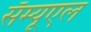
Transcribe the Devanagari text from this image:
सॅम्यूएल